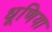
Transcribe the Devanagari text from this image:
धूणिया